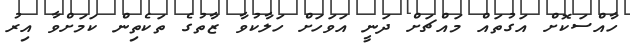
ހާއްސަކޮށް އަގުތައް މައްޗަށް ދަނީ އަވަހަށް ހަލާކުވާ ޒާތުގެ ތަކެތިން ކަމަށްވާ އިރު